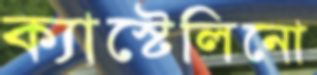
ক্যাস্টেলিনো